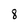
Character: 8